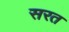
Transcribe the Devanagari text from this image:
सरत